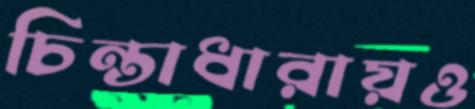
চিন্তাধারায়ও